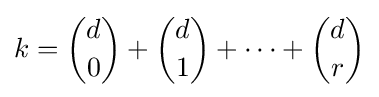
k={d \choose 0}+{d \choose 1}+\dots +{d \choose r}